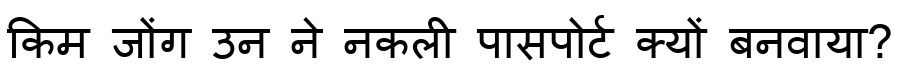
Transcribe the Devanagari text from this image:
किम जोंग उन ने नकली पासपोर्ट क्यों बनवाया?